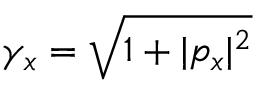
\gamma _ { x } = \sqrt { 1 + | p _ { x } | ^ { 2 } }